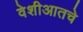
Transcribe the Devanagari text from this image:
वेशीआतचे